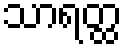
သာရတ္ထ